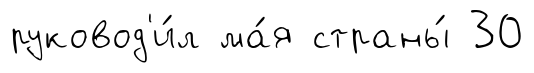
руковод'и́л ма́я страны́ 30